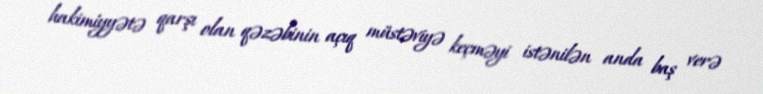
hakimiyyətə qarşı olan qəzəbinin açıq müstəviyə keçməyi istənilən anda baş verə